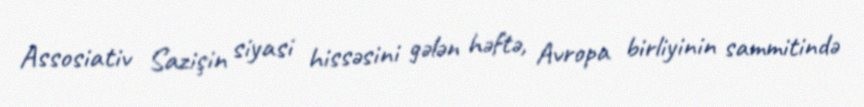
Assosiativ Sazişin siyasi hissəsini gələn həftə, Avropa birliyinin sammitində